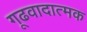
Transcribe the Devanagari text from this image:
गूढवादात्मक